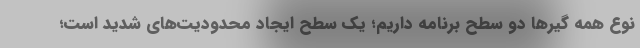
نوع همه گیرها دو سطح برنامه داریم؛ یک سطح ایجاد محدودیت‌های شدید است؛